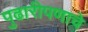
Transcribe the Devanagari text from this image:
पुढारीपणाचे